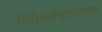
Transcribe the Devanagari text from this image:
निरुपणात्मक